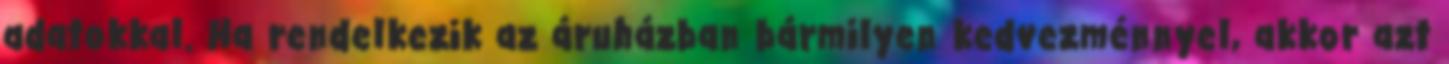
adatokkal. Ha rendelkezik az áruházban bármilyen kedvezménnyel, akkor azt